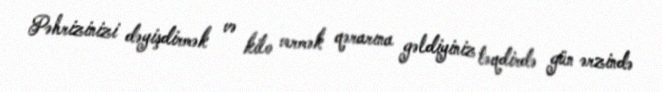
Pəhrizinizi dəyişdirmək və kilo vermək qərarına gəldiyiniz təqdirdə gün ərzində